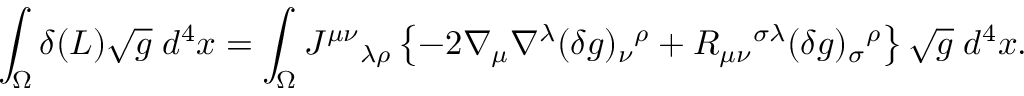
\int _ { \Omega } \delta ( { \cal L } ) \sqrt { g } \; d ^ { 4 } x = \int _ { \Omega } J ^ { \mu \nu } { } _ { \lambda \rho } \left\{ - 2 \nabla _ { \mu } \nabla ^ { \lambda } ( \delta g ) _ { \nu } { } ^ { \rho } + R _ { \mu \nu } { } ^ { \sigma \lambda } ( \delta g ) _ { \sigma } { } ^ { \rho } \right\} \sqrt { g } \; d ^ { 4 } x .